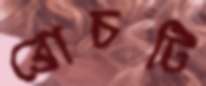
ব্রোচটি